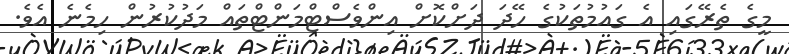
މީގެ ތެރޭގައި އެ ގައުމުތަކުގެ ހޭދަ ދަށްކޮށް އިންވެސްޓްމަންޓްތައް މަދުކުރުން ހިމެނެ އެވެ.